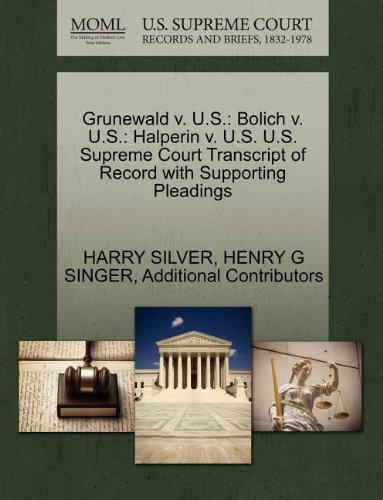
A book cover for Grunewald v. U.S.: Bolich v. U.S.: Halperin v. U.S. U.S. Supreme Court Transcript of Record with Supporting Pleadings; HARRY SILVER; Law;